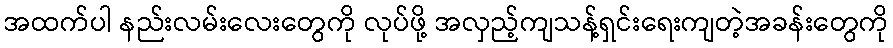
အထက်ပါ နည်းလမ်းလေးတွေကို လုပ်ဖို့ အလှည့်ကျသန့်ရှင်းရေးကျတဲ့အခန်းတွေကို